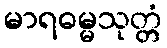
မာရဓမ္မသုတ္တံ